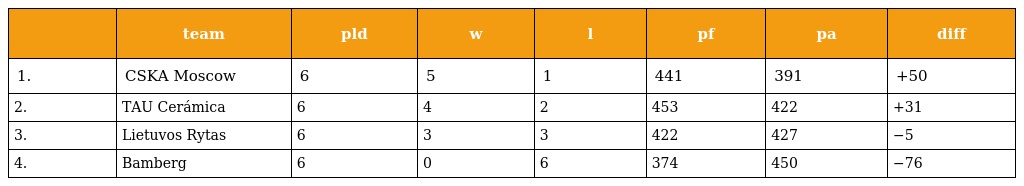
|  | team | pld | w | l | pf | pa | diff |
 | --- | --- | --- | --- | --- | --- | --- | --- |
 | 1. | CSKA Moscow | 6 | 5 | 1 | 441 | 391 | +50 |
 | 2. | TAU Cerámica | 6 | 4 | 2 | 453 | 422 | +31 |
 | 3. | Lietuvos Rytas | 6 | 3 | 3 | 422 | 427 | −5 |
 | 4. | Bamberg | 6 | 0 | 6 | 374 | 450 | −76 |